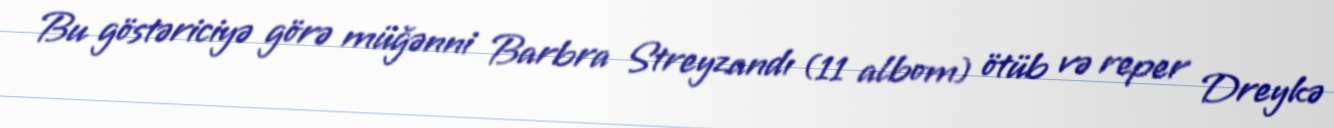
Bu göstəriciyə görə müğənni Barbra Streyzandı (11 albom) ötüb və reper Dreykə